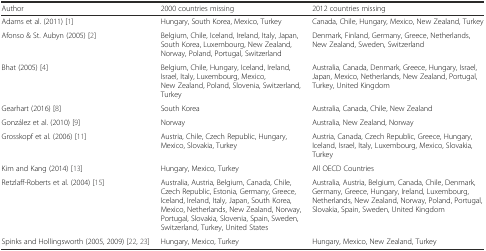
| Author | 2000 countries missing | 2012 countries missing |
 | --- | --- | --- |
 | Adams et al. (2011) [1] | Hungary, South Korea, Mexico, Turkey | Canada, Chile, Hungary, Mexico, New Zealand, Turkey |
 | Afonso & St. Aubyn (2005) [2] | Belgium, Chile, Iceland, Ireland, Italy, Japan, South Korea, Luxembourg, New Zealand, Norway, Poland, Portugal, Switzerland | Denmark, Finland, Germany, Greece, Netherlands, New Zealand, Sweden, Switzerland |
 | Bhat (2005) [4] | Belgium, Chile, Hungary, Iceland, Ireland, Israel, Italy, Luxembourg, Mexico, New Zealand, Poland, Slovenia, Switzerland, Turkey | Australia, Canada, Denmark, Greece, Hungary, Israel, Japan, Mexico, Netherlands, New Zealand, Portugal, Turkey, United Kingdom |
 | Gearhart (2016) [8] | South Korea | Australia, Canada, Chile, New Zealand |
 | González et al. (2010) [9] | Norway | Australia, New Zealand, Norway |
 | Grosskopf et al. (2006) [11] | Austria, Chile, Czech Republic, Hungary, Mexico, Slovakia, Turkey | Austria, Canada, Czech Republic, Greece, Hungary, Iceland, Israel, Italy, Luxembourg, Mexico, Slovakia, Turkey |
 | Kim and Kang (2014) [13] | Hungary, Mexico, Turkey | All OECD Countries |
 | Retzlaff-Roberts et al. (2004) [15] | Australia, Austria, Belgium, Canada, Chile, Czech Republic, Estonia, Germany, Greece, Iceland, Ireland, Italy, Japan, South Korea, Mexico, Netherlands, New Zealand, Norway, Portugal, Slovakia, Slovenia, Spain, Sweden, Switzerland, Turkey, United States | Australia, Austria, Belgium, Canada, Chile, Denmark, Germany, Greece, Hungary, Ireland, Luxembourg, Netherlands, New Zealand, Norway, Poland, Portugal, Slovakia, Spain, Sweden, United Kingdom |
 | Spinks and Hollingsworth (2005, 2009) [22, 23] | Hungary, Mexico, Turkey | Hungary, Mexico, New Zealand, Turkey |